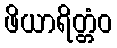
ဖိယာရိတ္တံဝ